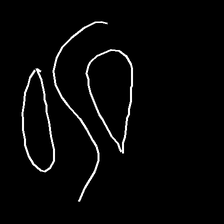
Glyph: water